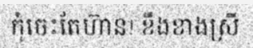
កុំចេះតែហ៊ាន! ខឹងខាងស្រី